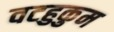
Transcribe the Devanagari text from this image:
वटहुकुम